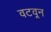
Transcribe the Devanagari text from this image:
वटवून